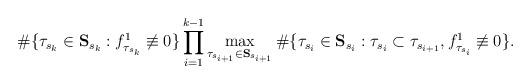
LaTeX: \begin{align*} \#\{\tau_{s_k}\in{\bf{S}}_{s_k}:f^1_{\tau_{s_k}}\not\equiv 0\}\prod_{i=1}^{k-1}\max_{\tau_{s_{i+1}}\in{\bf{S}}_{s_{i+1}}}\#\{\tau_{s_i}\in{\bf{S}}_{s_i}:\tau_{s_i}\subset\tau_{s_{i+1}},f_{\tau_{s_i}}^1\not\equiv 0\}.\end{align*}